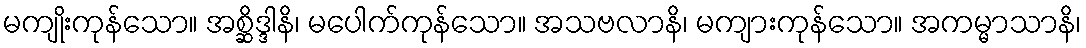
မကျိုးကုန်သော။ အစ္ဆိဒ္ဒါနိ၊ မပေါက်ကုန်သော။ အသဗလာနိ၊ မကျားကုန်သော။ အကမ္မာသာနိ၊